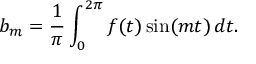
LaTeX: b _ { m } = { \frac { 1 } { \pi } } \int _ { 0 } ^ { 2 \pi } f ( t ) \sin ( m t ) \, d t .